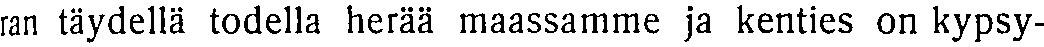
ran täydellä todella herää maassamme ja kenties on kypsy-